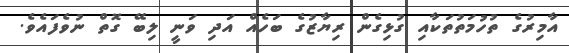
އާމިރުގެ ތުހުމަތުތަކާއި ގުޅިގެން ރިޔާޒުގެ ބަހެއް އަދި ވަނީ ލިބޭ ގޮތް ނުވެފައެވެ.